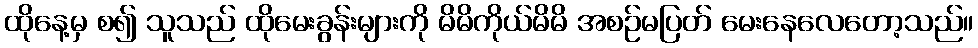
ထိုနေ့မှ စ၍ သူသည် ထိုမေးခွန်းများကို မိမိကိုယ်မိမိ အစဉ်မပြတ် မေးနေလေတော့သည်။